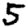
Digit: 5